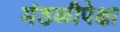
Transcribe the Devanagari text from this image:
मंडळीपेक्षा